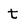
Character: t